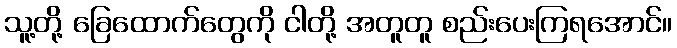
သူ့တို့ ခြေထောက်တွေကို ငါတို့ အတူတူ စည်းပေးကြရအောင်။